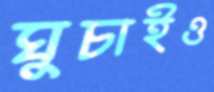
ঘুচাইও